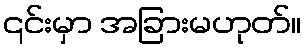
၎င်းမှာ အခြားမဟုတ်။